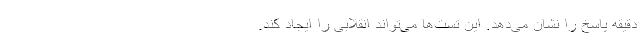
دقیقه پاسخ را نشان می‌دهد. این تست‌ها می‌تواند انقلابی را ایجاد کند.